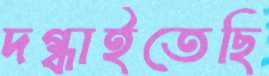
দগ্ধাইতেছি